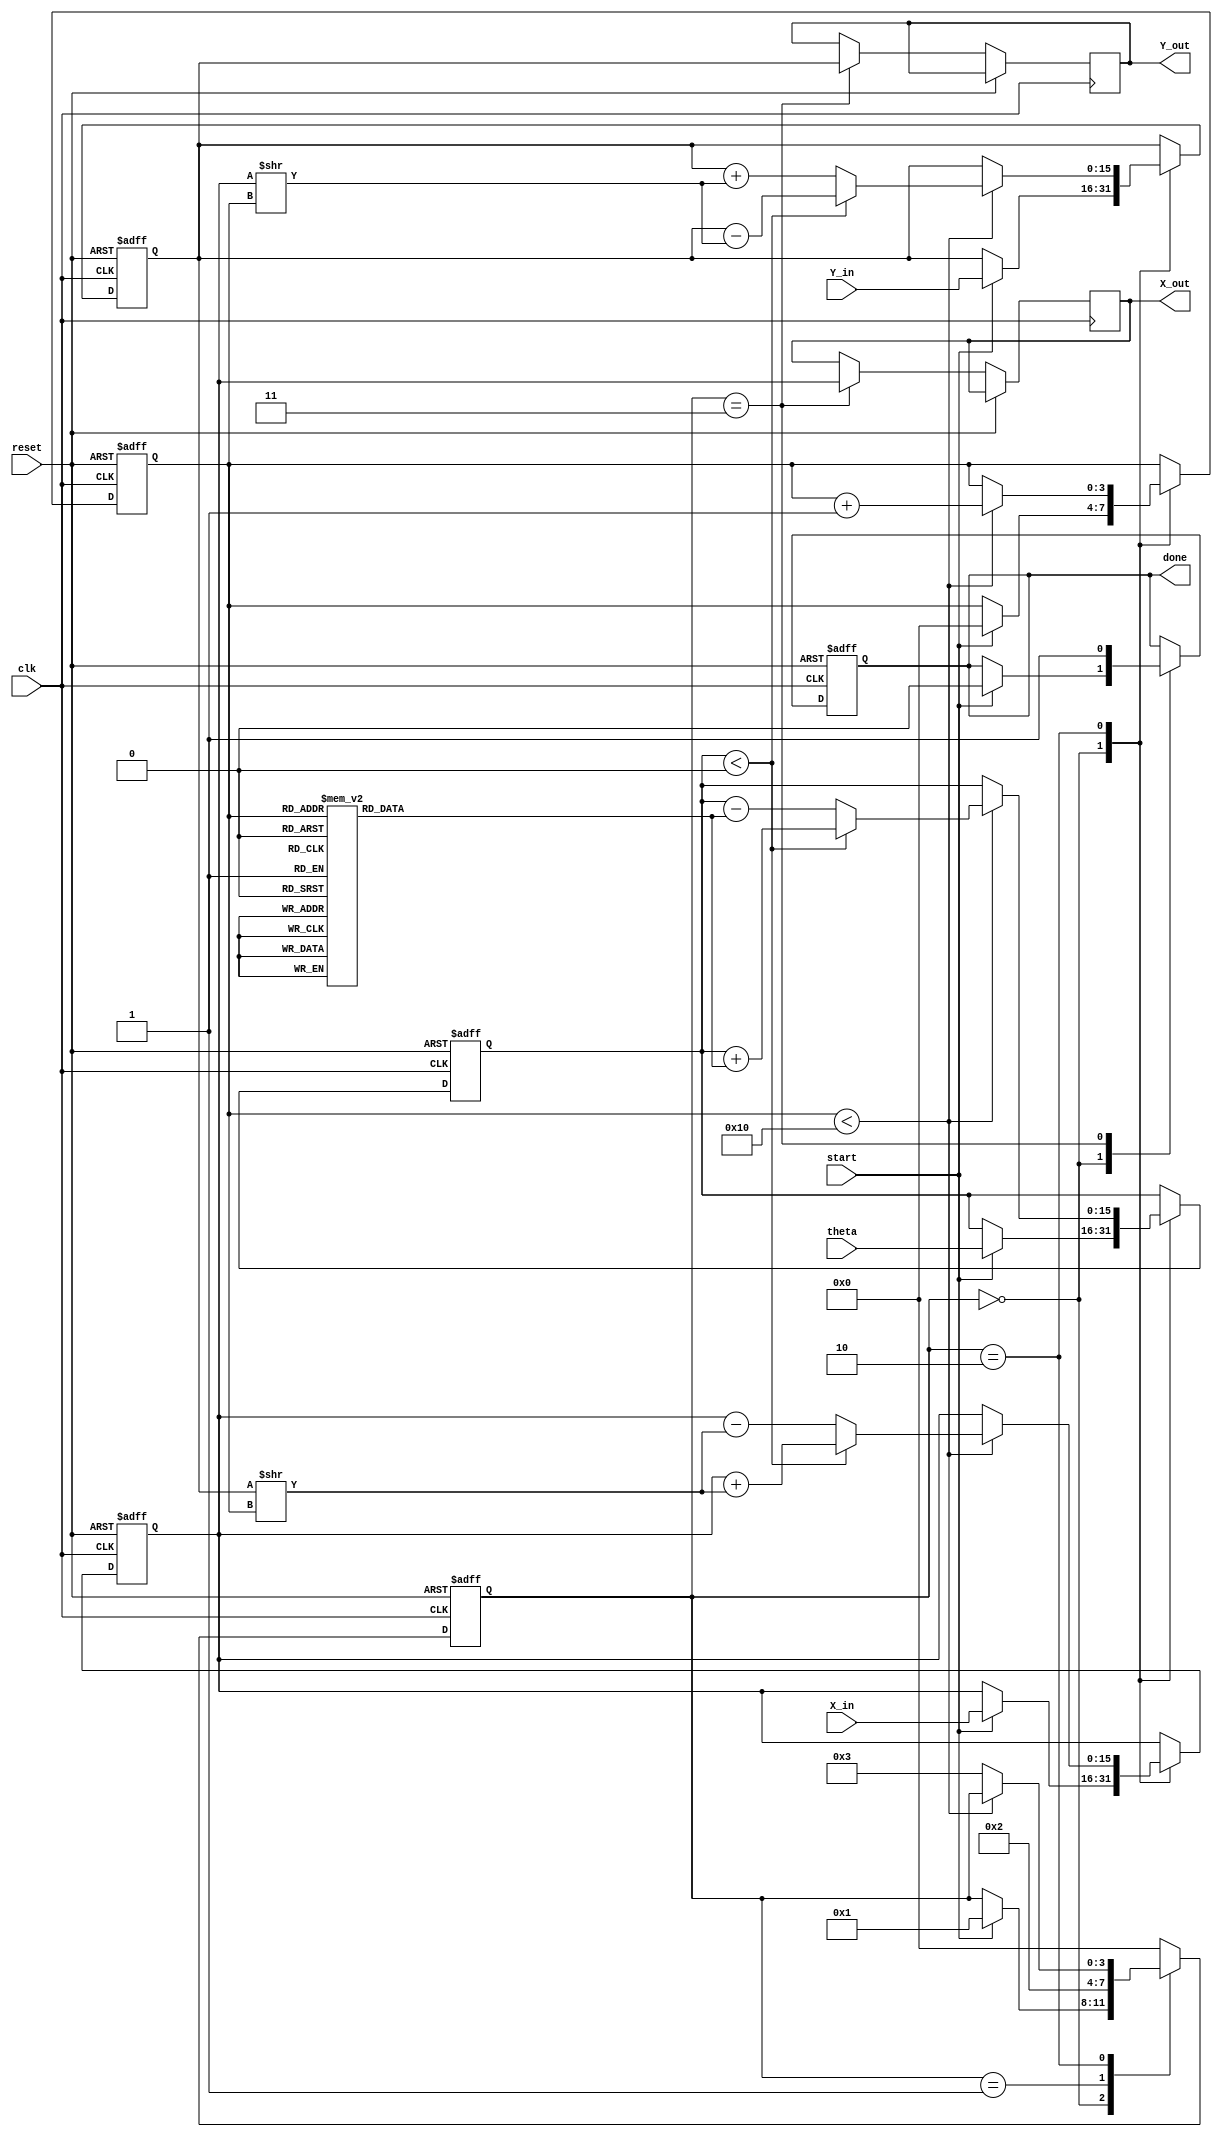
module cordic_angle_based (
    input wire clk,
    input wire reset,
    input wire start,
    input wire [15:0] theta,  // Input angle in fixed-point format
    input wire [15:0] X_in,    // Initial X-coordinate
    input wire [15:0] Y_in,    // Initial Y-coordinate
    output reg [15:0] X_out,    // Final X-coordinate
    output reg [15:0] Y_out,    // Final Y-coordinate
    output reg done             // Computation complete signal
);

    // Internal registers
    reg [15:0] X_reg;
    reg [15:0] Y_reg;
    reg [15:0] Z_reg;
    reg [15:0] theta_reg;
    reg [3:0] iteration_count;   // Counter for iterations
    reg [3:0] state;             // State for FSM

    // CORDIC angle lookup table (fixed-point representation)
    reg [15:0] atan_lut [0:15]; // 16 pre-calculated arctangent values
    initial begin
        atan_lut[0] = 16'h0000;  // atan(2^0) = 0
        atan_lut[1] = 16'h3243;  // atan(2^-1)  0.7854
        atan_lut[2] = 16'h1DAC;  // atan(2^-2)  0.4636
        atan_lut[3] = 16'h1C71;  // atan(2^-3)  0.2449
        atan_lut[4] = 16'h1A62;  // atan(2^-4)  0.1244
        atan_lut[5] = 16'h186A;  // atan(2^-5)  0.0624
        atan_lut[6] = 16'h1782;  // atan(2^-6)  0.0312
        atan_lut[7] = 16'h16C3;  // atan(2^-7)  0.0156
        // Fill remaining LUT values as needed...
    end

    // State encoding
    localparam IDLE = 0;
    localparam INIT = 1;
    localparam ITERATE = 2;
    localparam DONE = 3;

    // State machine and iteration logic
    always @(posedge clk or posedge reset) begin
        if (reset) begin
            X_reg <= 16'd0;
            Y_reg <= 16'd0;
            Z_reg <= 16'd0;
            iteration_count <= 4'd0;
            state <= IDLE;
            done <= 1'b0;
        end else begin
            case (state)
                IDLE: begin
                    if (start) begin
                        X_reg <= X_in;
                        Y_reg <= Y_in;
                        Z_reg <= theta;
                        iteration_count <= 4'd0;
                        state <= INIT;
                        done <= 1'b0;
                    end
                end

                INIT: begin
                    theta_reg <= Z_reg;
                    state <= ITERATE;
                end
                
                ITERATE: begin
                    if (iteration_count < 16) begin
                        if (Z_reg < 0) begin
                            // Rotate clockwise
                            X_reg <= X_reg + (Y_reg >> iteration_count);
                            Y_reg <= Y_reg - (X_reg >> iteration_count);
                            Z_reg <= Z_reg + atan_lut[iteration_count];
                        end else begin
                            // Rotate counterclockwise
                            X_reg <= X_reg - (Y_reg >> iteration_count);
                            Y_reg <= Y_reg + (X_reg >> iteration_count);
                            Z_reg <= Z_reg - atan_lut[iteration_count];
                        end
                        iteration_count <= iteration_count + 1;
                    end else begin
                        state <= DONE;
                    end
                end

                DONE: begin
                    X_out <= X_reg;
                    Y_out <= Y_reg;
                    done <= 1'b1;
                    state <= IDLE; // Reset to IDLE for next operation
                end

                default: state <= IDLE; // Safety case
            endcase
        end
    end

endmodule